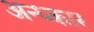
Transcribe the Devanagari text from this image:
अन्ध्कार